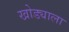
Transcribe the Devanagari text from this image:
खोड्याला